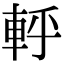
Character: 軤